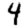
Digit: 4